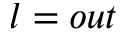
l = o u t